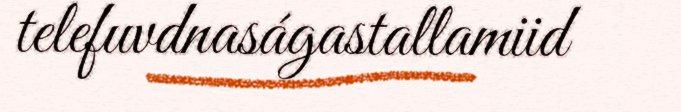
telefuvdnaságastallamiid